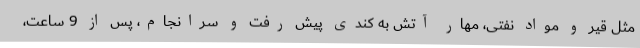
مثل قیر و مواد نفتی، مهار آتش به کندی پیش رفت و سرانجام، پس از 9 ساعت،